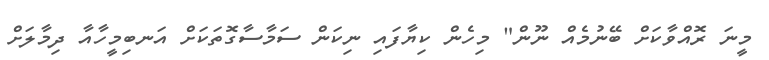
މީނަ ރޮއްވާކަށް ބޭނުމެއް ނޫން" މިހެން ކިޔާފައި ނިކަން ސަމާސާގޮތަކަށް އަނބިމީހާއާ ދިމާލަށް